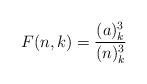
LaTeX: \begin{align*}F(n, k) = \frac{ (a)_k^3}{ (n)_k^3} \end{align*}